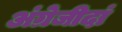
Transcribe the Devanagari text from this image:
अंग्रेजीदां